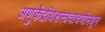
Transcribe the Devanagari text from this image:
अणुकेंद्रीयशस्‍त्रचाचणीमधून